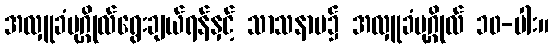
အလှူခံပုဂ္ဂိုလ်ရွေးချယ်ရန်နှင့် သာသနာပ၌ အလှူခံပုဂ္ဂိုလ် ၁၀-ပါး။